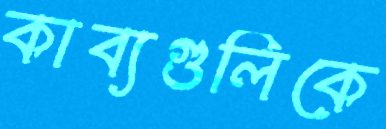
কাব্যগুলিকে